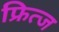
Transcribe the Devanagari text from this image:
फ्रित्ज